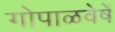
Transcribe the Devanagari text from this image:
गोपाळवेषें